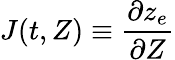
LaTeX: J(t,Z)\equiv\frac{\partial z_{e}}{\partial Z}